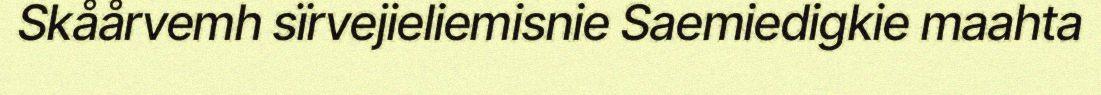
Skåårvemh sïrvejieliemisnie Saemiedigkie maahta